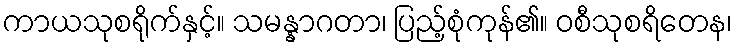
ကာယသုစရိုက်နှင့်။ သမန္နာဂတာ၊ ပြည့်စုံကုန်၏။ ဝစီသုစရိတေန၊